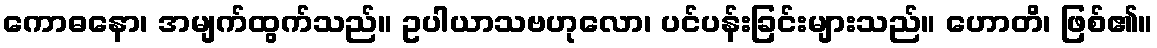
ကောဓနော၊ အမျက်ထွက်သည်။ ဥပါယာသဗဟုလော၊ ပင်ပန်းခြင်းများသည်။ ဟောတိ၊ ဖြစ်၏။